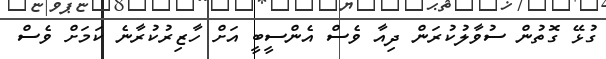
ގުޅޭ ގޮތުން ސުވާލުކުރަން ދިއާ ވެސް އެންސީބީ އަށް ހާޒިރުކުރާނެ ކަމަށް ވެސް